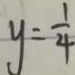
y = \frac { 1 } { 4 }